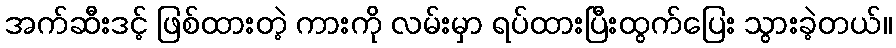
အက်ဆီးဒင့် ဖြစ်ထားတဲ့ ကားကို လမ်းမှာ ရပ်ထားပြီးထွက်ပြေး သွားခဲ့တယ်။